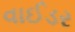
વાઈડર